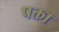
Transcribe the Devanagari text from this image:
पक्ता